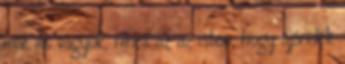
már itt vagyok, nincs az az isten, hogy ajándék